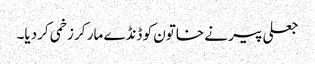
جعلی پیر نے خاتون کو ڈنڈے مار کر زخمی کردیا۔